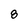
Character: 8